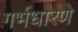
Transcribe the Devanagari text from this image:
गर्भधारणे